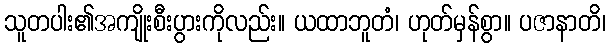
သူတပါး၏အကျိုးစီးပွားကိုလည်း။ ယထာဘူတံ၊ ဟုတ်မှန်စွာ။ ပဇာနာတိ၊